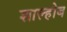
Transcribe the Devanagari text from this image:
शाल्होब